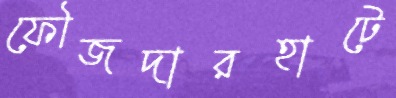
ফৌজদারহাটে